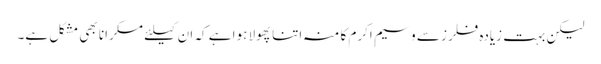
لیکن بہت زیادہ فلرز سے وسیم اکرم کا منہ اتنا پھولا ہوا ہے کہ ان کیلئے مسکرانا بھی مشکل ہے۔